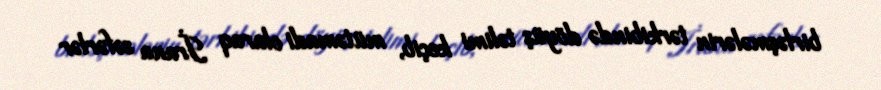
birləşmələrin tərkibində döyüş təlimi keçib, mütəmadi olaraq İrana səfərlər